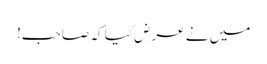
میں نے عرض کیا کہ صاحب!